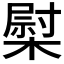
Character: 𰘤